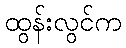
ထွန်းလွင်က